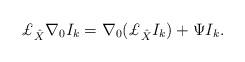
LaTeX: \begin{align*}{\pounds}_{\hat{X}} \nabla_{0} I_{k}= \nabla_{0} ({\pounds}_{\hat{X}} {I_k})+ \Psi {I_k}.\end{align*}